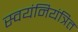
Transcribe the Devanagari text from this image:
स्वयंनियंत्रित